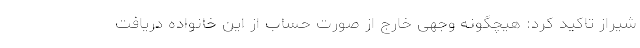
شیراز تاکید کرد: هیچگونه وجهی خارج از صورت حساب از این خانواده دریافت